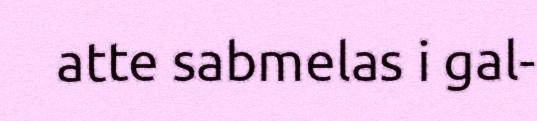
atte sabmelas i gal-